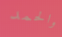
والحمد